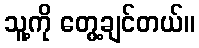
သူ့ကို တွေ့ချင်တယ်။